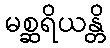
မစ္ဆရိယန္တိ